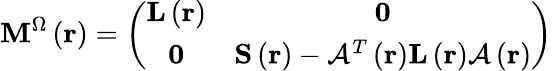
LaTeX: \mathbf{M}^{\Omega}\left(\mathbf{r}\right)=\left(\begin{array}{cc}{\mathbf{L}\left(\mathbf{r}\right)}&{\mathbf{0}}\\ {\mathbf{0}}&{\mathbf{S}\left(\mathbf{r}\right)-\mathcal{A}^{T}\left(\mathbf{r}\right)\mathbf{L}\left(\mathbf{r}\right)\mathcal{A}\left(\mathbf{r}\right)}\end{array}\right)